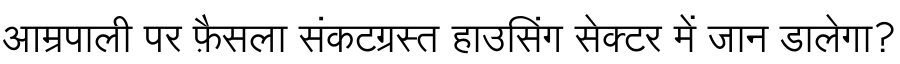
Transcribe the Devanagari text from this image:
आम्रपाली पर फ़ैसला संकटग्रस्त हाउसिंग सेक्टर में जान डालेगा?